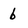
Character: b